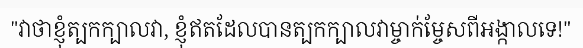
"វាថាខ្ញុំត្បកក្បាលវា, ខ្ញុំឥតដែលបានត្បកក្បាលវាម្ចាក់ម្ចែសពីអង្កាលទេ!"